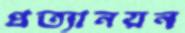
প্রত্যানয়ন